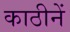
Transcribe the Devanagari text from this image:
काठीनें